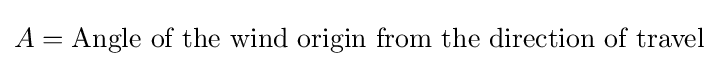
A={\text{Angle of the wind origin from the direction of travel}}